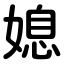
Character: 媳